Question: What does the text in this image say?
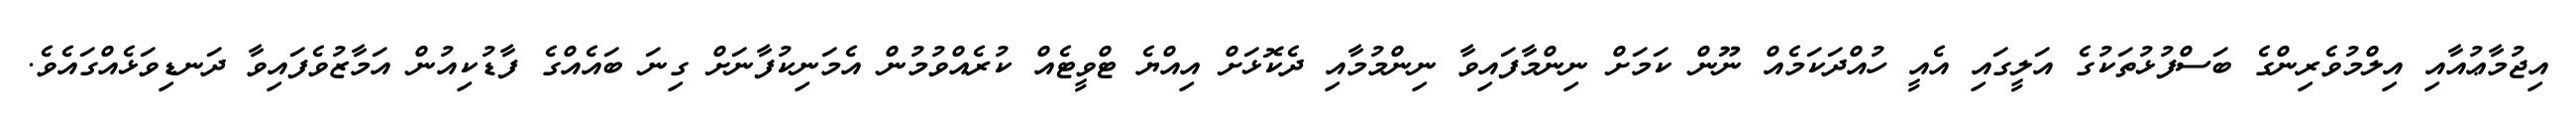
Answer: އިޖުމާޢުއާއި އިލްމުވެރިންގެ ބަސްފުޅުތަކުގެ އަލީގައި އެއީ ހުއްދަކަމެއް ނޫން ކަމަށް ނިންމާފައިވާ ނިންމުމާއި ދެކޮޅަށް އިއްޔެ ޓްވީޓެއް ކުރެއްވުމުން އެމަނިކުފާނަށް ގިނަ ބައެއްގެ ފާޑުކިއުން އަމާޒުވެފައިވާ ދަނޑިވަޅެއްގައެވެ.